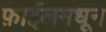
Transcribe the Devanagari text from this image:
फ़ाईलमधून